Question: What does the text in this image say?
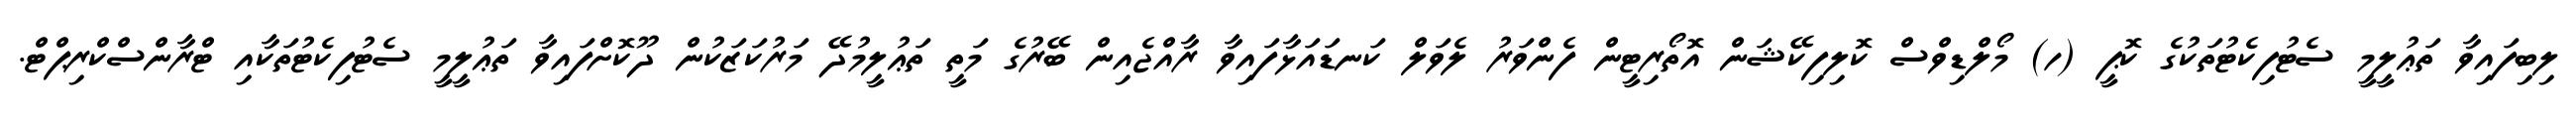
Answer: ލިބިފައިވާ ތަޢުލީމީ ސެޓުފިކެޓުތަކުގެ ކޮޕީ (ހ) މޯލްޑިވްސް ކޮލިފިކޭޝަން އޮތޯރިޓީން ފެންވަރު ލެވަލް ކަނޑައަޅާފައިވާ ރާއްޖެއިން ބޭރުގެ މަތީ ތަޢުލީމުދޭ މަރުކަޒަކުން ދޫކޮށްފައިވާ ތަޢުލީމީ ސެޓުފިކެޓުތަކާއި ޓްރާންސްކްރިޕްޓް.